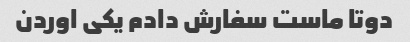
دوتا ماست سفارش دادم یکی اوردن